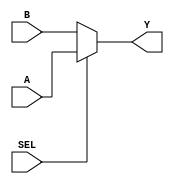
module mux21 (Y, A, B, SEL);
output Y;
input A, B;
input SEL;

assign Y = SEL ? A : B;

endmodule